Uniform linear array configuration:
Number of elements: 24
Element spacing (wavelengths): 1
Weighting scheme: hann
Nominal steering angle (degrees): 45
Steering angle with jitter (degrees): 43.434
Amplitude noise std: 0.05
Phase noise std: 0.05

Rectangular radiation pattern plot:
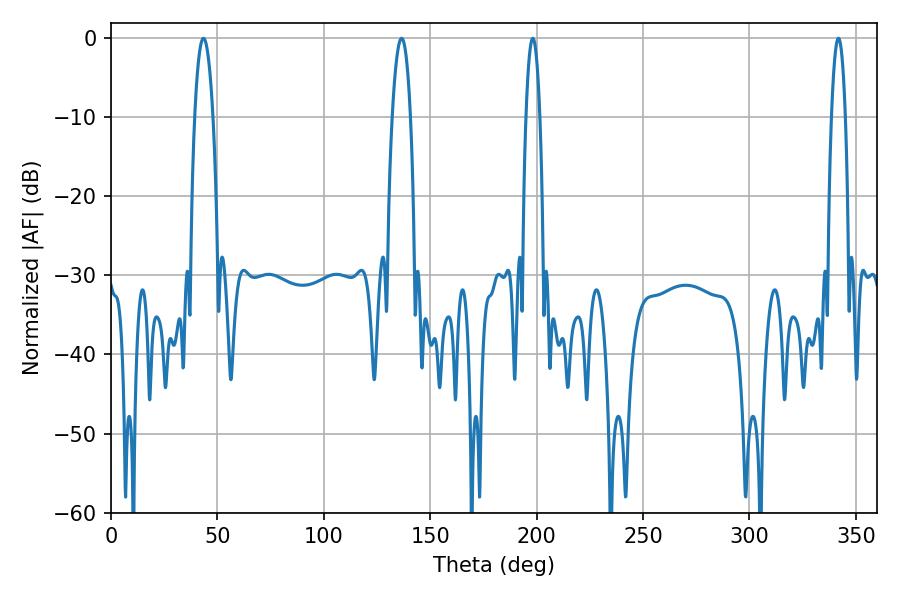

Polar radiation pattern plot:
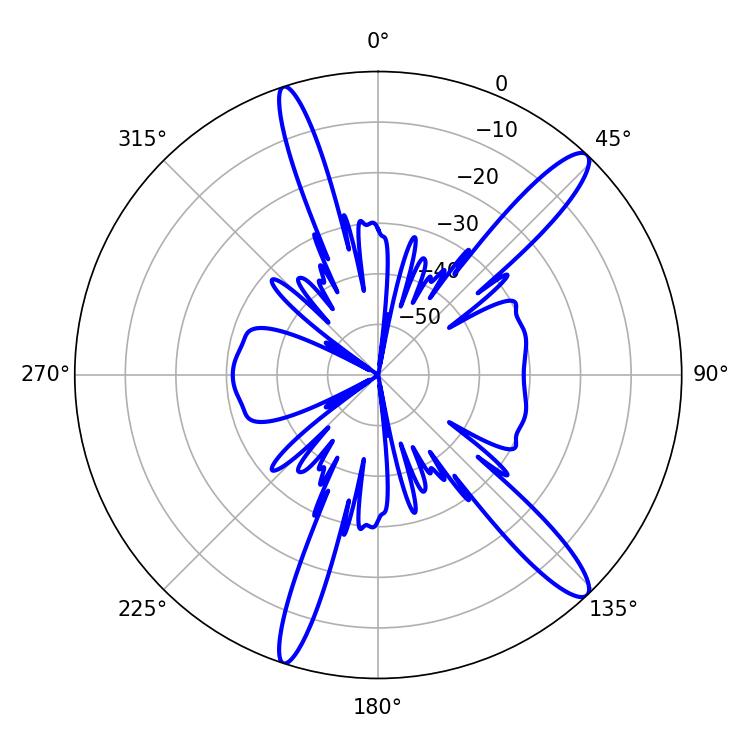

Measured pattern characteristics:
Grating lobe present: TRUE
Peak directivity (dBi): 13.918
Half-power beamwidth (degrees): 3.6
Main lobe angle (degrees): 198.18